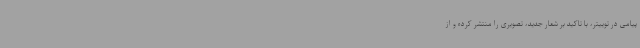
پیامی در توییتر، با تاکید بر شعار جدید، تصویری را منتشر کرده و از